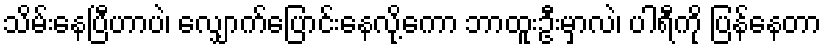
သိမ်းနေပြီဟာပဲ၊ လျှောက်ပြောင်းနေလို့ကော ဘာထူးဦးမှာလဲ၊ ပါရီကို ပြန်နေတာ